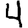
Digit: 4